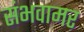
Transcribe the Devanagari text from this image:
संभवामर